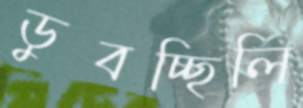
ডুবচ্ছিলি